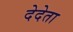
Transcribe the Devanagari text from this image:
देदेता